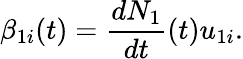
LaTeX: \beta_{1i}(t)=\frac{dN_{1}}{dt}(t)u_{1i}.